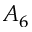
A _ { 6 }